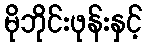
မိုဘိုင်းဖုန်းနှင့်